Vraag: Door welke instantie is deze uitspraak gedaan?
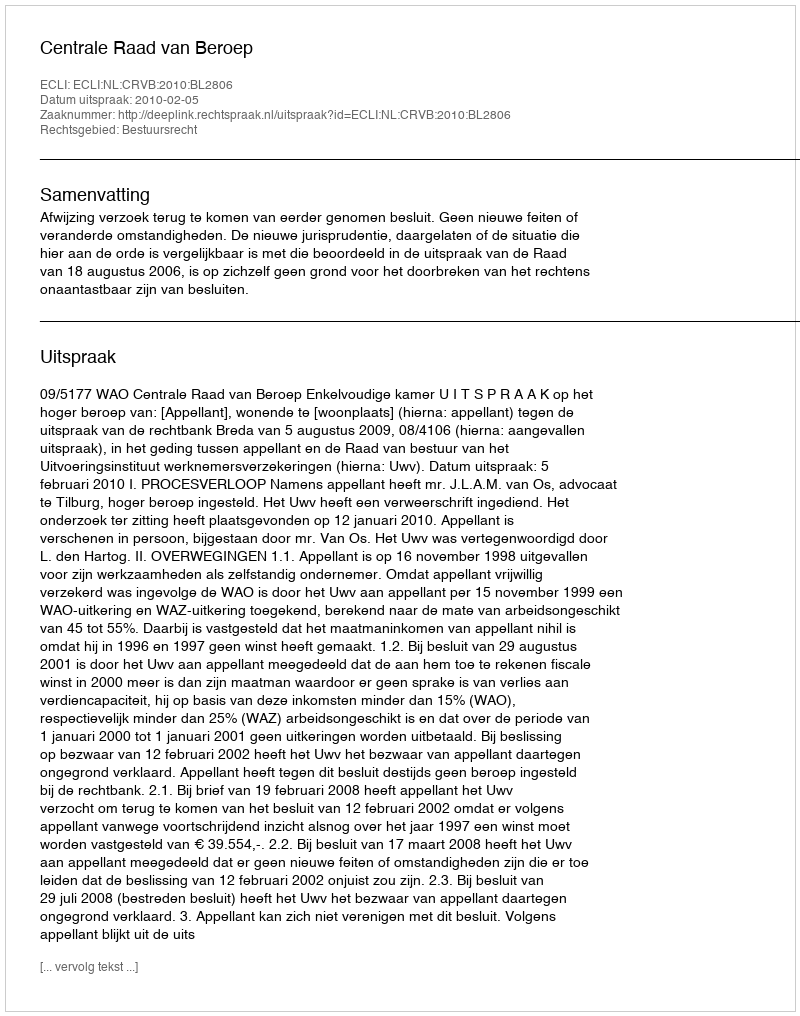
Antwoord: Centrale Raad van Beroep